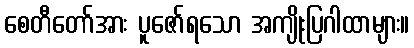
စေတီတော်အား ပူဇော်ရသော အကျိုးပြဂါထာများ။